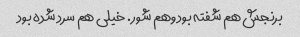
برنجش هم شفته بود وهم شور. خیلی هم سرد شده بود